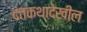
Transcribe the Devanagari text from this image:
दंतकथादेखील